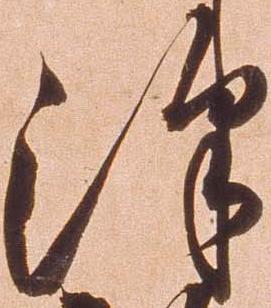
沢